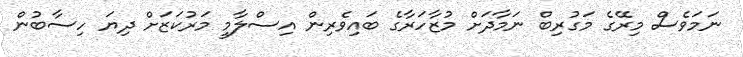
ނަމަވެސް މިރޭގެ މަގުރިބް ނަމާދަށް މުޒާހަރާގެ ބައިވެެރިން އިސްލާމީ މަރުކަޒަށް ދިޔަ ހިސާބުން